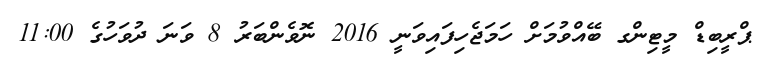
ޕްރީބިޑް މީޓިންގ ބޭއްވުމަށް ހަމަޖެހިފައިވަނީ 2016 ނޮވެންބަރު 8 ވަނަ ދުވަހުގެ 11:00